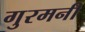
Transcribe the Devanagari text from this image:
गुरमनी